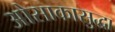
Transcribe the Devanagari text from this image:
ओसाकासुद्धा